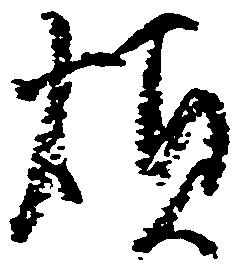
煩